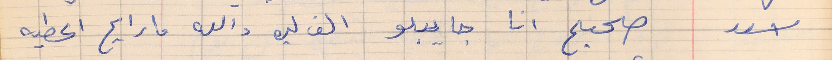
اسعد       صحيح انا جايبلو الف ليره والله ما رايح اعطيه